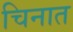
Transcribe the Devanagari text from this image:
चिनात